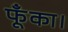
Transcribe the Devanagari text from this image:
फूँका।